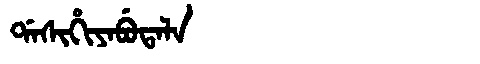
Manchu: ᡩᠠᠰᡳᡥᡳᠶᠠᠪᡠᡨᠠᠯᠠ
Romanization: DASIHIYABUTALA